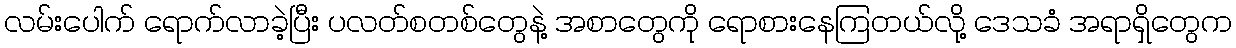
လမ်းပေါက် ရောက်လာခဲ့ပြီး ပလတ်စတစ်တွေနဲ့ အစာတွေကို ရောစားနေကြတယ်လို့ ဒေသခံ အရာရှိတွေက